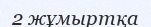
2 жұмыртқа